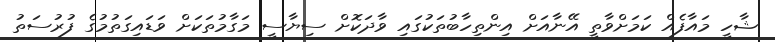
ޝާހީ މައާފެއް ކަމަށްވާތީ އޭނާއަށް އިންތިހާބުތަކުގައި ވާދަކޮށް ސިޔާސީ މަގާމުތަކަށް ވަޑައިގަތުމުގެ ފުރުސަތު